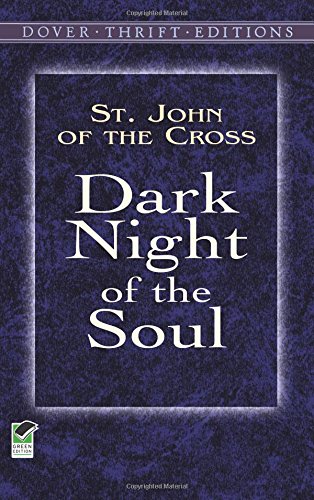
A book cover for Dark Night of the Soul (Dover Thrift Editions); St. John of the Cross; Literature & Fiction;